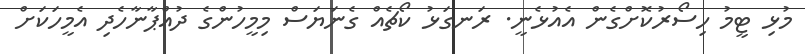
މުޅި ޓީމު ހިސޯރުކޮށްގެން އެއުޅެނީ. ރަނގަޅު ކޯޗެއް ގެނަޔަސް މިމީހުންގެ ދުއްޕާނާހެދި އެމީހަކަށް